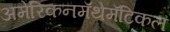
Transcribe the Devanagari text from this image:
अमेरिकनमॅथेमॅटिकल